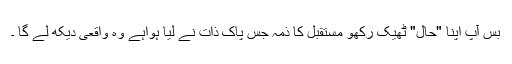
بس آپ اپنا "حال" ٹھیک رکھو مستقبل کا ذمہ جس پاک ذات نے لیا ہواہے وہ واقعی دیکھ لے گا ۔